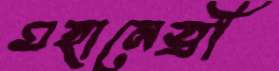
মহানেত্রী